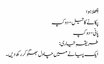
چِھلا ہوا
پکانے کا تیل- دو کپ
پانی- دو کپ
طریقہِ تیاری:
ایک پیالے میں چاول بھگو کر رکھ دیں۔